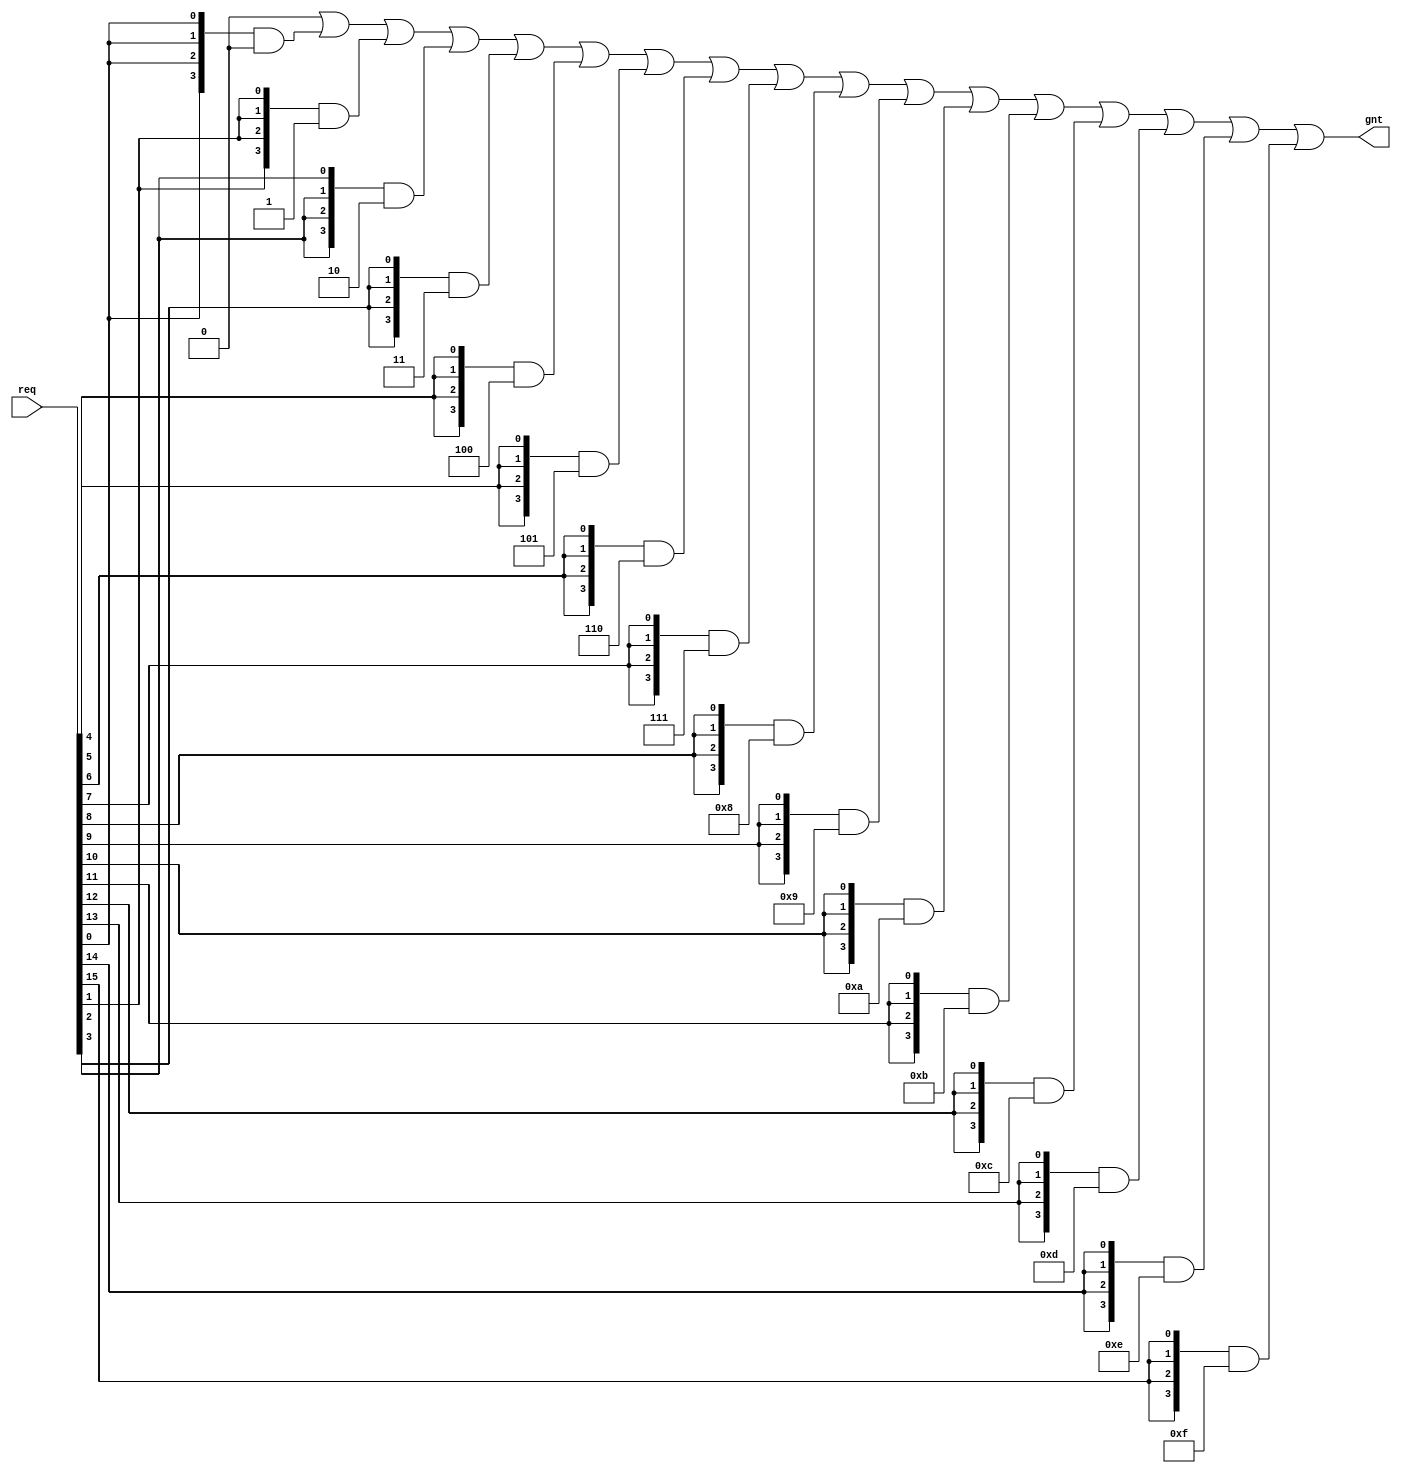
module hazard3_onehot_encode #(
	parameter W_REQ = 16,
	parameter W_GNT = $clog2(W_REQ) // do not modify
) (
	input  wire [W_REQ-1:0] req,
	output reg  [W_GNT-1:0] gnt
);

always @ (*) begin: encode
	reg [W_GNT:0] i;
	gnt = {W_GNT{1'b0}};
	for (i = 0; i < W_REQ; i = i + 1) begin
		gnt = gnt | ({W_GNT{req[i]}} & i[W_GNT-1:0]);
	end
end

endmodule